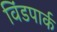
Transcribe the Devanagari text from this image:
विंडपार्क